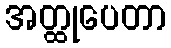
အတ္ထုပေတာ